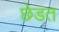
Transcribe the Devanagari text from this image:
छेडत